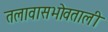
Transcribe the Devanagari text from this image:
तलावासभोवताली